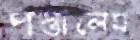
পস্তালেম